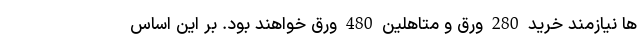
ها نیازمند خرید 280 ورق و متاهلین 480 ورق خواهند بود. بر این اساس